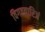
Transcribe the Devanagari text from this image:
विगतवारिजं